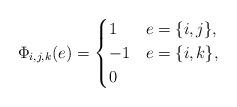
LaTeX: \begin{align*} \Phi_{i,j,k}(e)=\begin{cases} 1 & e=\{i,j\},\\ -1 & e=\{i,k\},\\ 0 & \end{cases}\end{align*}